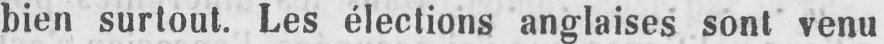
bien surtout. Les élections anglaises sont venu